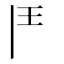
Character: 𩰋